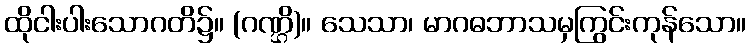
ထိုငါးပါးသောဂတိ၌။ (ဂဏ္ဌိ)။ သေသာ၊ မာဂဓဘာသမှကြွင်းကုန်သော။